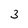
Character: 3